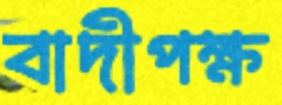
বাদীপক্ষ